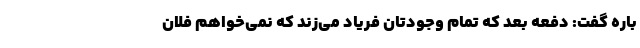
باره گفت: دفعه بعد که تمام وجودتان فریاد می‌زند که نمی‌خواهم فلان